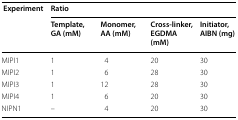
| <ROWSPAN=2> Experiment | <COLSPAN=4> Ratio |
 | Template, GA (mM) | Monomer, AA (mM) | Cross-linker, EGDMA (mM) | Initiator, AIBN (mg) |
 | --- | --- | --- | --- | --- |
 | MIPI1 | 1 | 4 | 20 | 30 |
 | MIPI2 | 1 | 6 | 28 | 30 |
 | MIPI3 | 1 | 12 | 28 | 30 |
 | MIPI4 | 1 | 6 | 20 | 30 |
 | NIPN1 | – | 4 | 20 | 30 |